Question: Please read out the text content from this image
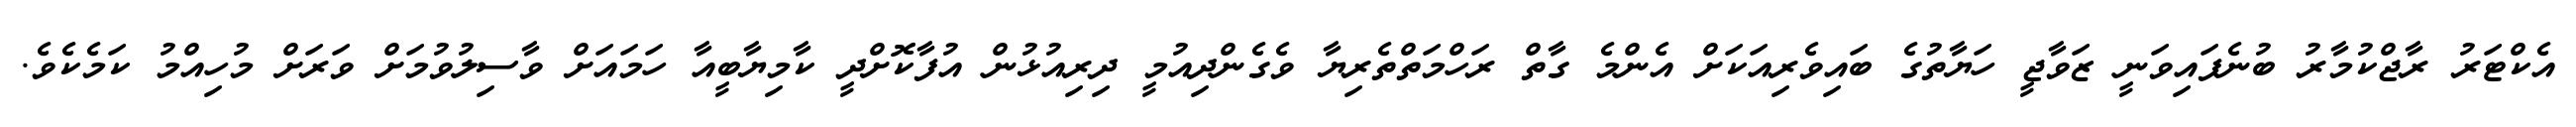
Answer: އެކްޓަރު ރާޖްކުމާރު ބުނެފައިވަނީ ޒަވާޖީ ހަޔާތުގެ ބައިވެރިއަކަށް އެންމެ ގާތް ރަހްމަތްތެރިޔާ ވެގެންދިއުމީ ދިރިއުޅުން އުފާކޮށްދީ ކާމިޔާބީއާ ހަމައަށް ވާސިލުވުމަށް ވަރަށް މުހިއްމު ކަމެކެވެ.